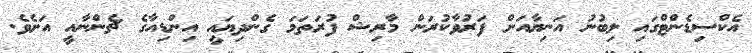
އެކްސިޑެންޓްގައި ލިބުނު އަނިޔާއަށް ފަރުވާކުރަން މާރިޝް ފުރަތަމަ ގެންދިޔައީ އިންޑިއާގެ ޗެންނާއީ އަށެވެ.